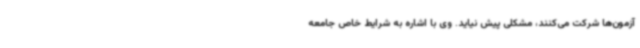
آزمون‌ها شرکت می‌کنند، مشکلی پیش نیاید. وی با اشاره به شرایط خاص جامعه